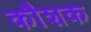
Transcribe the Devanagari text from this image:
कौशक